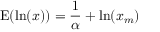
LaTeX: \operatorname { E } ( \ln ( x ) ) = { \frac { 1 } { \alpha } } + \ln ( x _ { m } )